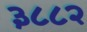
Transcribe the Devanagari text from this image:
३८८२